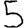
Digit: 5